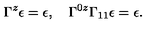
\Gamma ^ { z } \epsilon = \epsilon , \quad \Gamma ^ { 0 z } \Gamma _ { 1 1 } \epsilon = \epsilon .